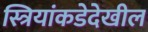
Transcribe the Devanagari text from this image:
स्त्रियांकडेदेखील